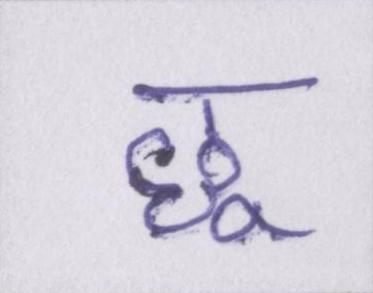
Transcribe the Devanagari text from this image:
छू